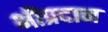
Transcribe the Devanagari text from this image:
भीप्रदान